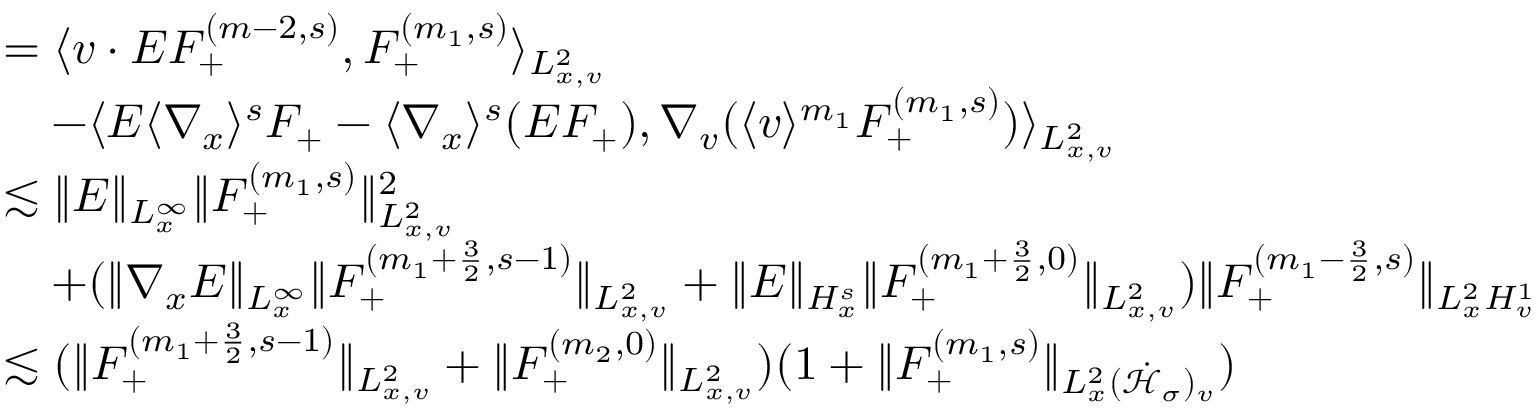
\begin{array} { r l } & { = \langle v \cdot E F _ { + } ^ { ( m - 2 , s ) } , F _ { + } ^ { ( m _ { 1 } , s ) } \rangle _ { L _ { x , v } ^ { 2 } } } \\ & { \quad - \langle E \langle \nabla _ { x } \rangle ^ { s } F _ { + } - \langle \nabla _ { x } \rangle ^ { s } ( E F _ { + } ) , \nabla _ { v } ( \langle v \rangle ^ { m _ { 1 } } F _ { + } ^ { ( m _ { 1 } , s ) } ) \rangle _ { L _ { x , v } ^ { 2 } } } \\ & { \lesssim \| E \| _ { L _ { x } ^ { \infty } } \| F _ { + } ^ { ( m _ { 1 } , s ) } \| _ { L _ { x , v } ^ { 2 } } ^ { 2 } } \\ & { \quad + ( \| \nabla _ { x } E \| _ { L _ { x } ^ { \infty } } \| F _ { + } ^ { ( m _ { 1 } + \frac { 3 } { 2 } , s - 1 ) } \| _ { L _ { x , v } ^ { 2 } } + \| E \| _ { H _ { x } ^ { s } } \| F _ { + } ^ { ( m _ { 1 } + \frac { 3 } { 2 } , 0 ) } \| _ { L _ { x , v } ^ { 2 } } ) \| F _ { + } ^ { ( m _ { 1 } - \frac { 3 } { 2 } , s ) } \| _ { L _ { x } ^ { 2 } H _ { v } ^ { 1 } } } \\ & { \lesssim ( \| F _ { + } ^ { ( m _ { 1 } + \frac { 3 } { 2 } , s - 1 ) } \| _ { L _ { x , v } ^ { 2 } } + \| F _ { + } ^ { ( m _ { 2 } , 0 ) } \| _ { L _ { x , v } ^ { 2 } } ) ( 1 + \| F _ { + } ^ { ( m _ { 1 } , s ) } \| _ { L _ { x } ^ { 2 } ( \dot { \mathcal H } _ { \sigma } ) _ { v } } ) } \end{array}